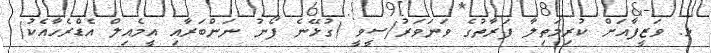
ޅ. ވަޒީފާއަަށް ކުރިމަތިލާ ފަރާތުގެ ވަނަވަރު/ސީވީ (ގުޅޭނެ ފޯނު ނަންބަރާއި އީމެއިލް އެޑްރެހާއެކު)